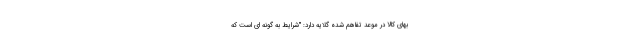
بهای کالا در موعد تفاهم شده گلایه دارد: "شرایط به گونه ای است که